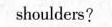
shoulders?